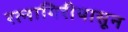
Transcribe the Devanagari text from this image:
रत्‍नागिरीपासून